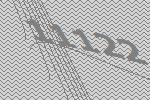
11122